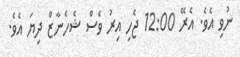
ނުވި އެވެ. އެރޭ 12:00 ޖެހި އިރު ވެސް ޝެހެނާޒް ދިޔަ އެވެ.